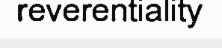
reverentiality